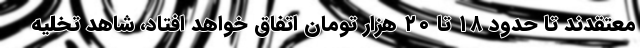
معتقدند تا حدود ۱۸ تا ۲۰ هزار تومان اتفاق خواهد افتاد، شاهد تخلیه